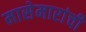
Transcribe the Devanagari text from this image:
मासेमारांची